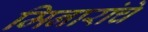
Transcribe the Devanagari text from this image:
मिनारांचे